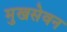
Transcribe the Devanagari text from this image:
मुखसेवन